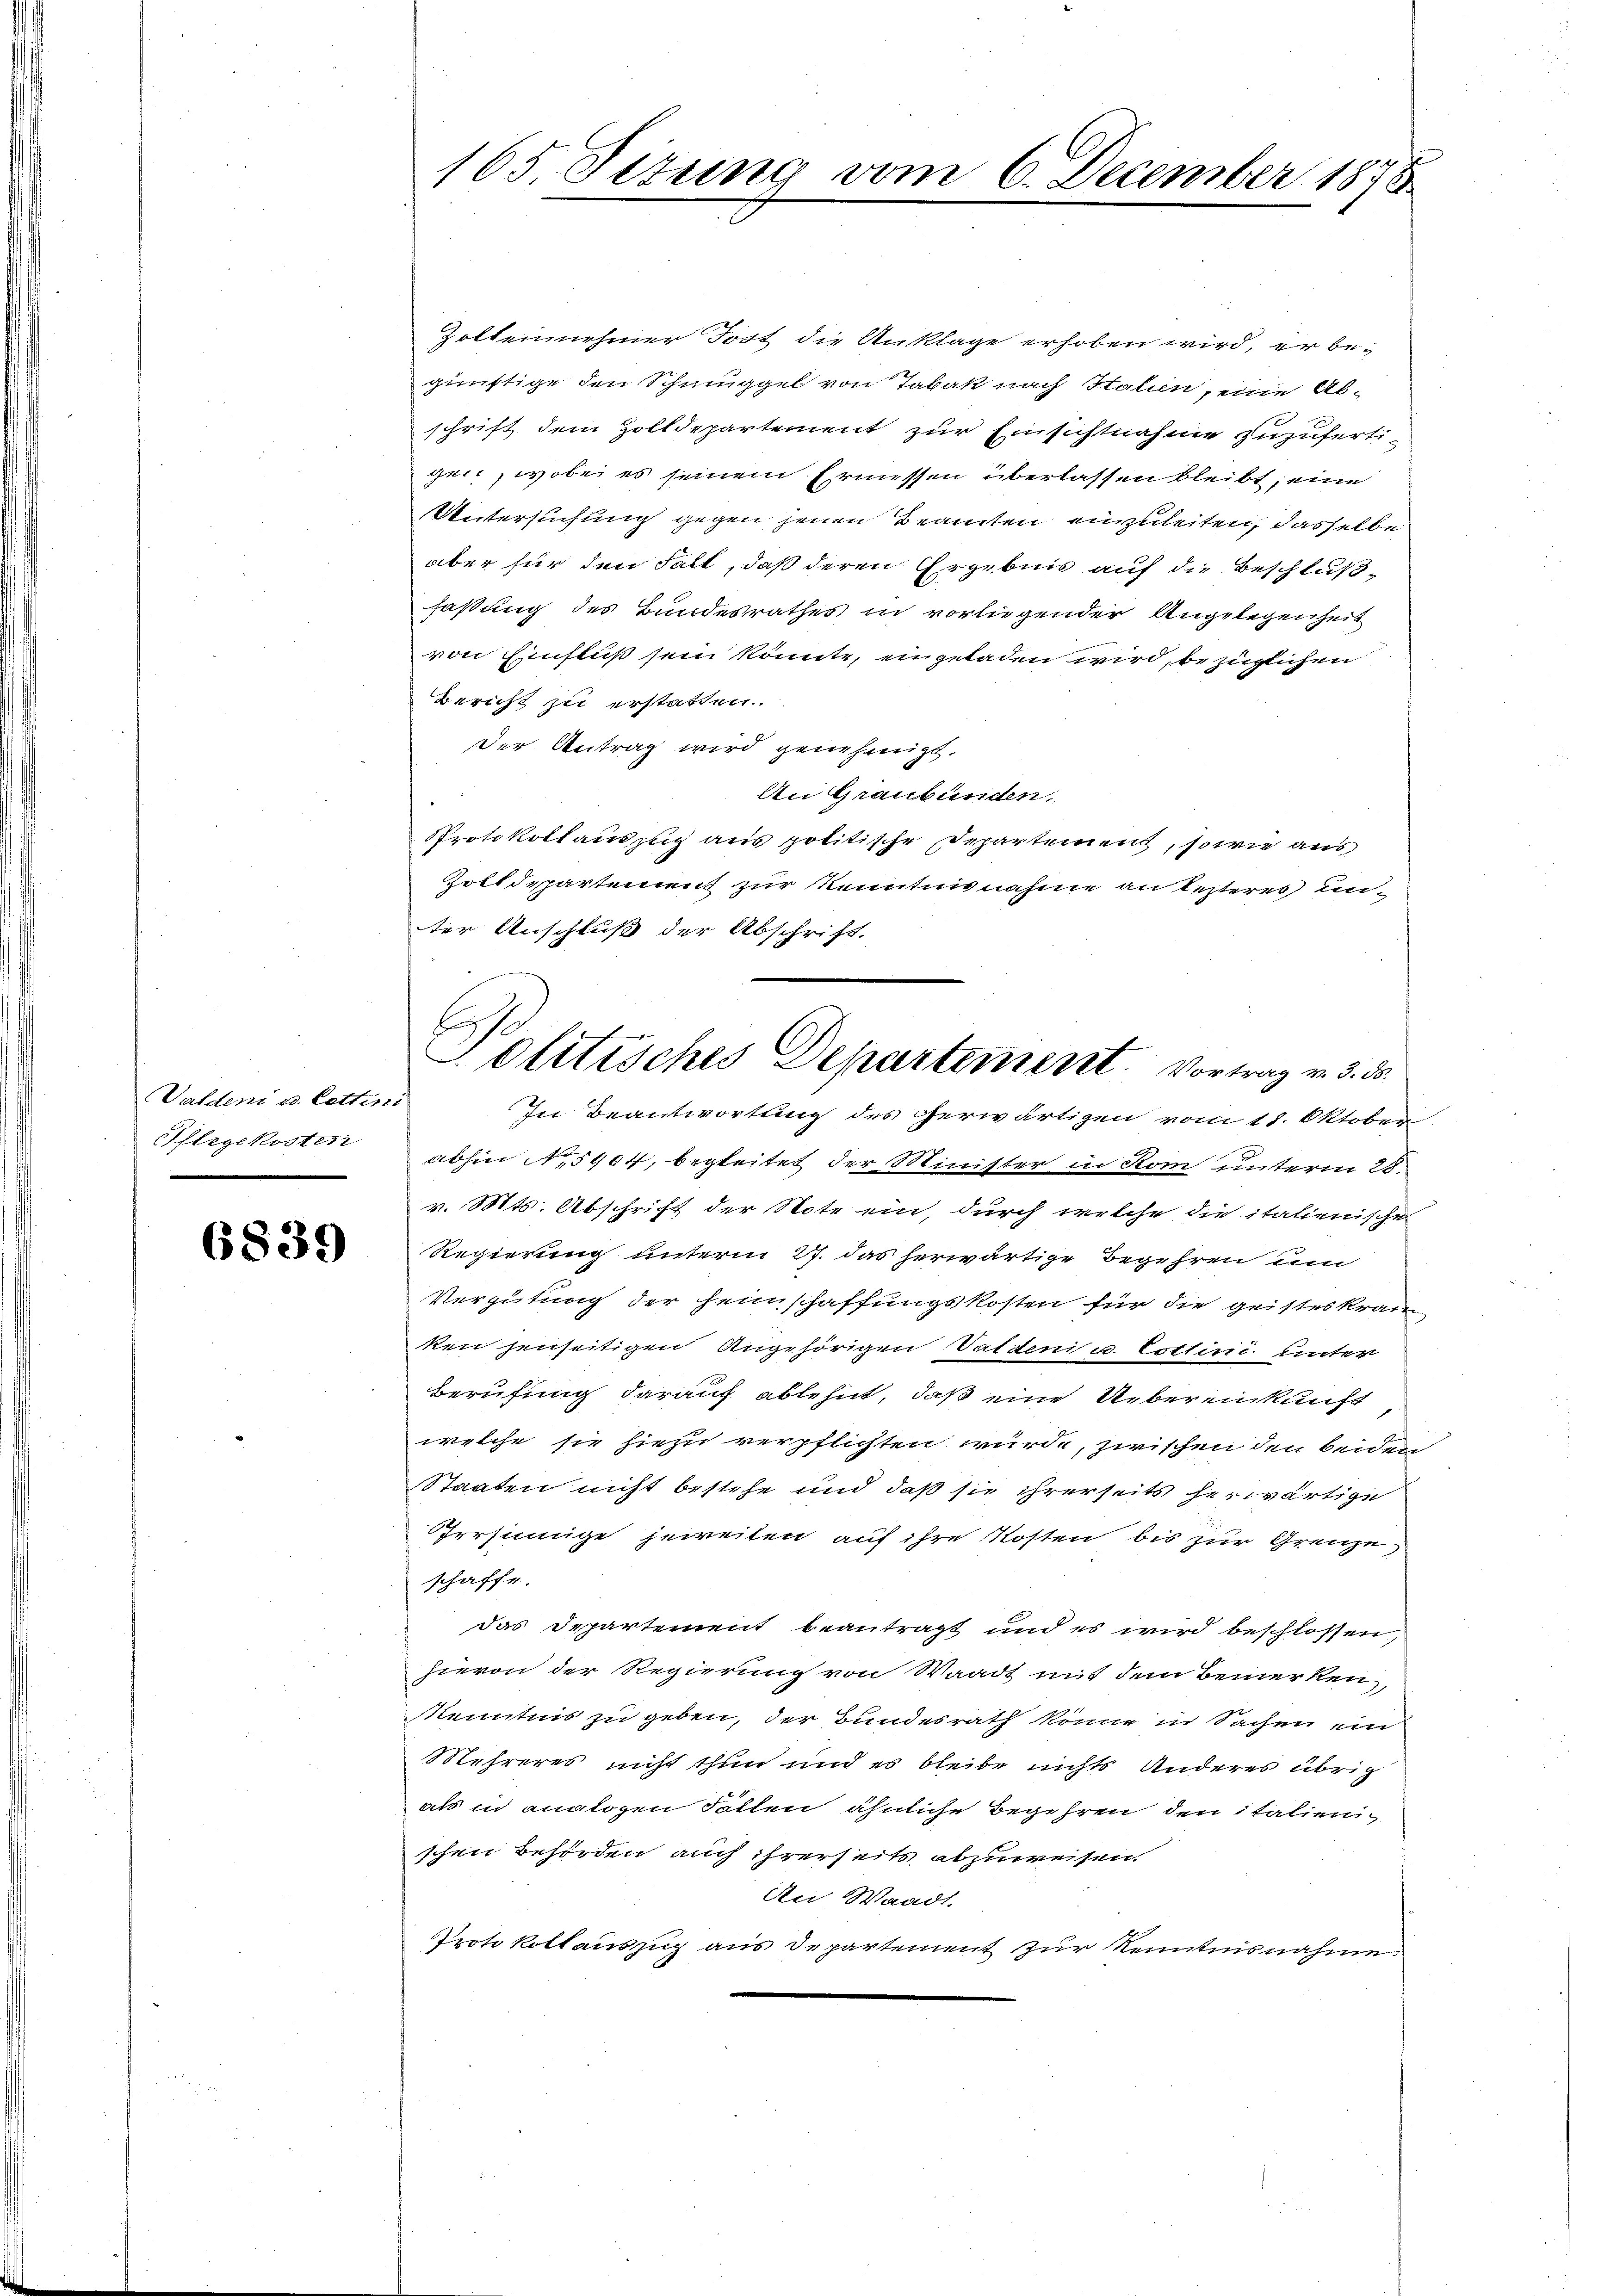
Valdeni u. Cettini
Pflegekosten
.

6839

Zoltennehmer Jost die Anklage erhoben wird, er begünftige den Schmuggel von Tabak nach Italien, eine Abschrift dem Zolldepartement zur Einsichtnahme zuzufertigen, wobei es seinem Ermessen überlassen bleibt, eine
Untersuchung gegen jenen Beamten einzuleiten, dasselbe
aber für den Falt, daß deren Ergebnis auf die Beschlußfaßung des Bundesrathes in vorliegender Angelegenheit
von Einfluß sein könnte, eingeladen wird, bezüglichen
Bericht zu erstatten.
Der Antrag wird genehmigt.
An Graubünden.
Protokollauszug aus politische Departement, sowie aus
Zolldepartement zur Kenntnisnahme an lezteres unter Anschluß der Abschrift.
In Beantwortung des Cherwärtigen vom 18. Oktober
abhin No 5904, begleitet der Minister in Rom unterm 28.
v. Mts. Abschrift der Note ein, durch welche die italienischen
Regierung unterm 27. das herwärtige Begehren um
Vergütung der Heimschaffungskosten für die geisteskran
ken jenseitigen Angehörigen Valden u. Cottini unter
Berufung darauf ablehnt, daß eine Uebereinkunft
welche sie hiezu verpflichten wurde, zwischen den beiden
Staaten nicht bestehe und daß sie ihrerseits herwärtige
Irrsinnige jeweilen auf ihre Kosten bis zur Grenze
schaffe.
das Departement beantragt und es wird beschlossen,
hievon der Regierung von Waadt mit dem Bemerken,
Kenntnis zu geben, der Bundesrath könne in Sachen ein
Mehreres nicht thun und es bleibe nichts anderes übrig
als in analogen Fallen ähnliche Begehren den italien
schen behörden, auch ihrerseits abzuweisen.
An Waadt.
Protokollauszug aus Departement zur Kenntnisnahme

165 Sizung vom 6. December 1875

s
Olitisches Departement. Vortrag v. 3. 55.